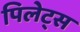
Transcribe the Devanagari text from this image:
पिलेट्स